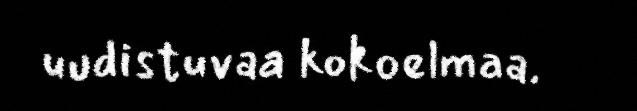
uudistuvaa kokoelmaa.